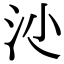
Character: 𣲡